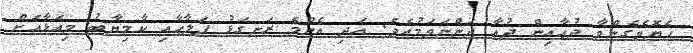
ހެޔޮވެގެންވާ ދުޢާއިން ދުޢާ ދަންނަވަމުއެވެ. އަދި އެންމެ ރަނގަޅު ފަލާޙާއި ކާމިޔާބު މިއަޅާއަށް